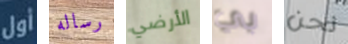
أول رساله الأرضي بي نحن